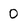
Character: 0